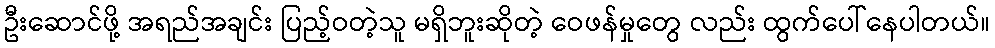
ဦးဆောင်ဖို့ အရည်အချင်း ပြည့်ဝတဲ့သူ မရှိဘူးဆိုတဲ့ ဝေဖန်မှုတွေ လည်း ထွက်ပေါ်နေပါတယ်။